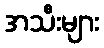
အသီးများ